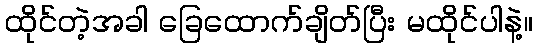
ထိုင်တဲ့အခါ ခြေထောက်ချိတ်ပြီး မထိုင်ပါနဲ့။